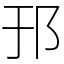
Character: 邘